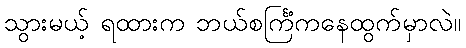
သွားမယ့် ရထားက ဘယ်စင်္ကြံကနေထွက်မှာလဲ။